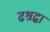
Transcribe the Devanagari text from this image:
ढश्रद्धा